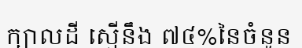
ក្បាលដី ស្មើនឹង ៧៤%នៃចំនួន